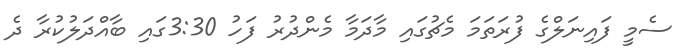
ސެމީ ފައިނަލްގެ ފުރަތަމަ މެޗުގައި މާދަމާ މެންދުރު ފަހު 3:30ގައި ބާއްދަލުކުރާ ދެ